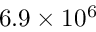
6 . 9 \times 1 0 ^ { 6 }